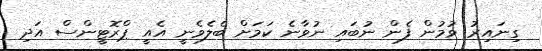
ގިނައިރު ވުމުން ފެން ނުބައި ނުވާނެ ކަމަށް ބެލެވެނީ އެއީ ޕްރޮޓީންސް އަދި